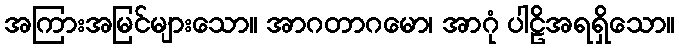
အကြားအမြင်များသော။ အာဂတာဂမော၊ အာဂုံ ပါဠိအရရှိသော။